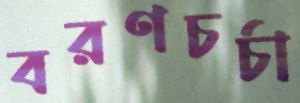
বরণচর্চা